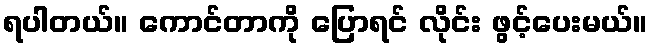
ရပါတယ်။ ကောင်တာကို ပြောရင် လိုင်း ဖွင့်ပေးမယ်။